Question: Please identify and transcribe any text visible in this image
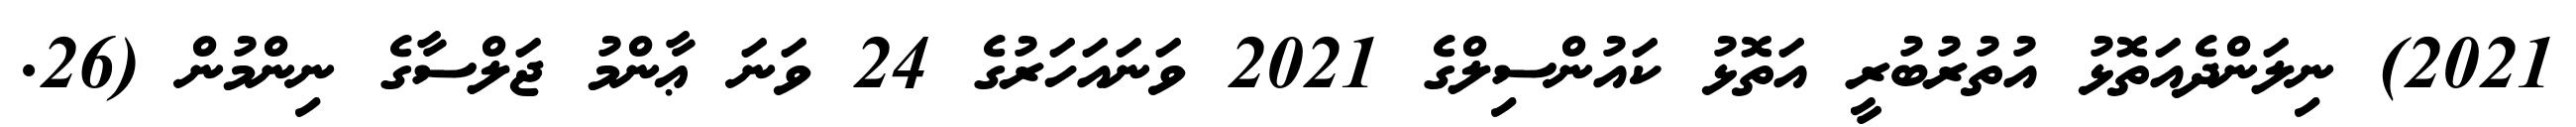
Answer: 2021) ނިލަންދެއަތޮޅު އުތުރުބުރީ އަތޮޅު ކައުންސިލްގެ 2021 ވަނައަހަރުގެ 24 ވަނަ ޢާންމު ޖަލްސާގެ ނިންމުން (26.